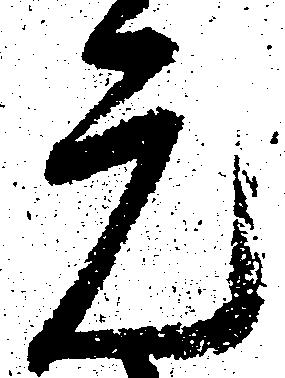
元